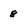
Character: 8